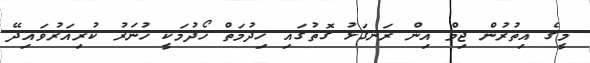
މީގެ އިތުރުން ޖިމް އިން ރަނގަޅު ގޮތުގައި ޚިދުމަތް ހޯދުމަކީ ހުނަރު ކުރިއަރުވައިދޭ